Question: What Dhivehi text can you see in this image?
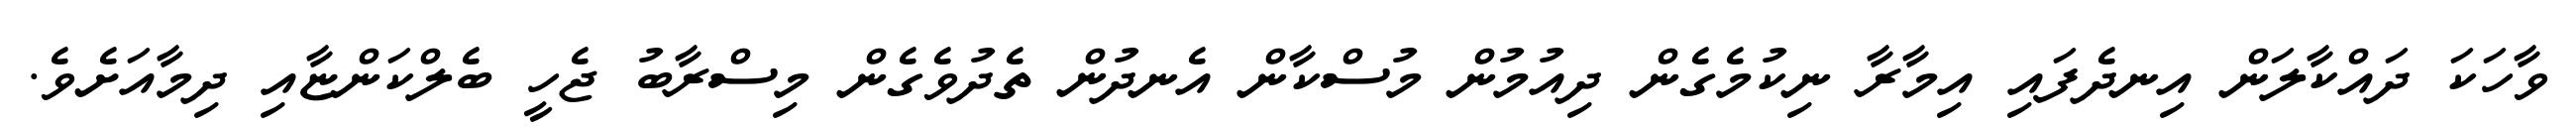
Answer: ވާހަކަ ދައްކާލަން އިނދެފައި އިމާރާ ނިކުމެގެން ދިއުމުން މުސްކާން އެނދުން ތެދުވެގެން މިސްރާބު ޖެހީ ބެލްކަންޏާއި ދިމާއަށެވެ.